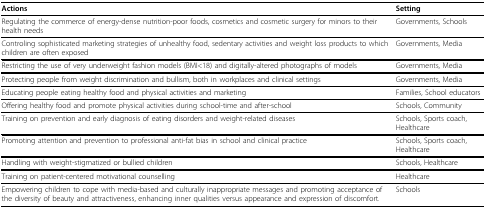
| Actions | Setting |
 | --- | --- |
 | Regulating the commerce of energy-dense nutrition-poor foods, cosmetics and cosmetic surgery for minors to their health needs | Governments, Schools |
 | Controling sophisticated marketing strategies of unhealthy food, sedentary activities and weight loss products to which children are often exposed | Governments, Media |
 | Restricting the use of very underweight fashion models (BMI<18) and digitally-altered photographs of models | Governments, Media |
 | Protecting people from weight discrimination and bullism, both in workplaces and clinical settings | Governments, Media |
 | Educating people eating healthy food and physical activities and marketing | Families, School educators |
 | Offering healthy food and promote physical activities during school-time and after-school | Schools, Community |
 | Training on prevention and early diagnosis of eating disorders and weight-related diseases | Schools, Sports coach, Healthcare |
 | Promoting attention and prevention to professional anti-fat bias in school and clinical practice | Schools, Sports coach, Healthcare |
 | Handling with weight-stigmatized or bullied children | Schools, Healthcare |
 | Training on patient-centered motivational counselling | Healthcare |
 | Empowering children to cope with media-based and culturally inappropriate messages and promoting acceptance of the diversity of beauty and attractiveness, enhancing inner qualities versus appearance and expression of discomfort. | Schools |